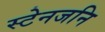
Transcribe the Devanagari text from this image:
स्टेनजनि